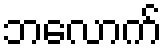
ဘလောက်